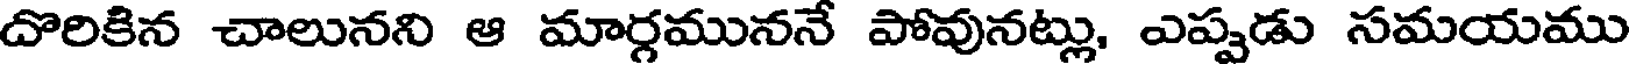
దొరికిన చాలునని ఆ మార్గముననే పోవునట్లు, ఎప్పడు సమయము